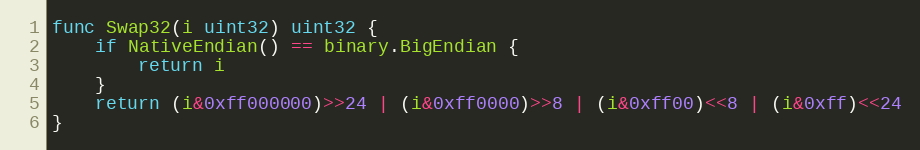
Language: Go
func Swap32(i uint32) uint32 {
	if NativeEndian() == binary.BigEndian {
		return i
	}
	return (i&0xff000000)>>24 | (i&0xff0000)>>8 | (i&0xff00)<<8 | (i&0xff)<<24
}